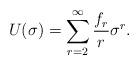
LaTeX: \begin{align*}U(\sigma) = \sum ^{\infty} _{r=2} \frac{f_r}{r} \sigma^r .\end{align*}